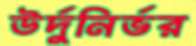
উর্দুনির্ভর